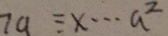
7 a \equiv x \cdots a ^ { 2 }